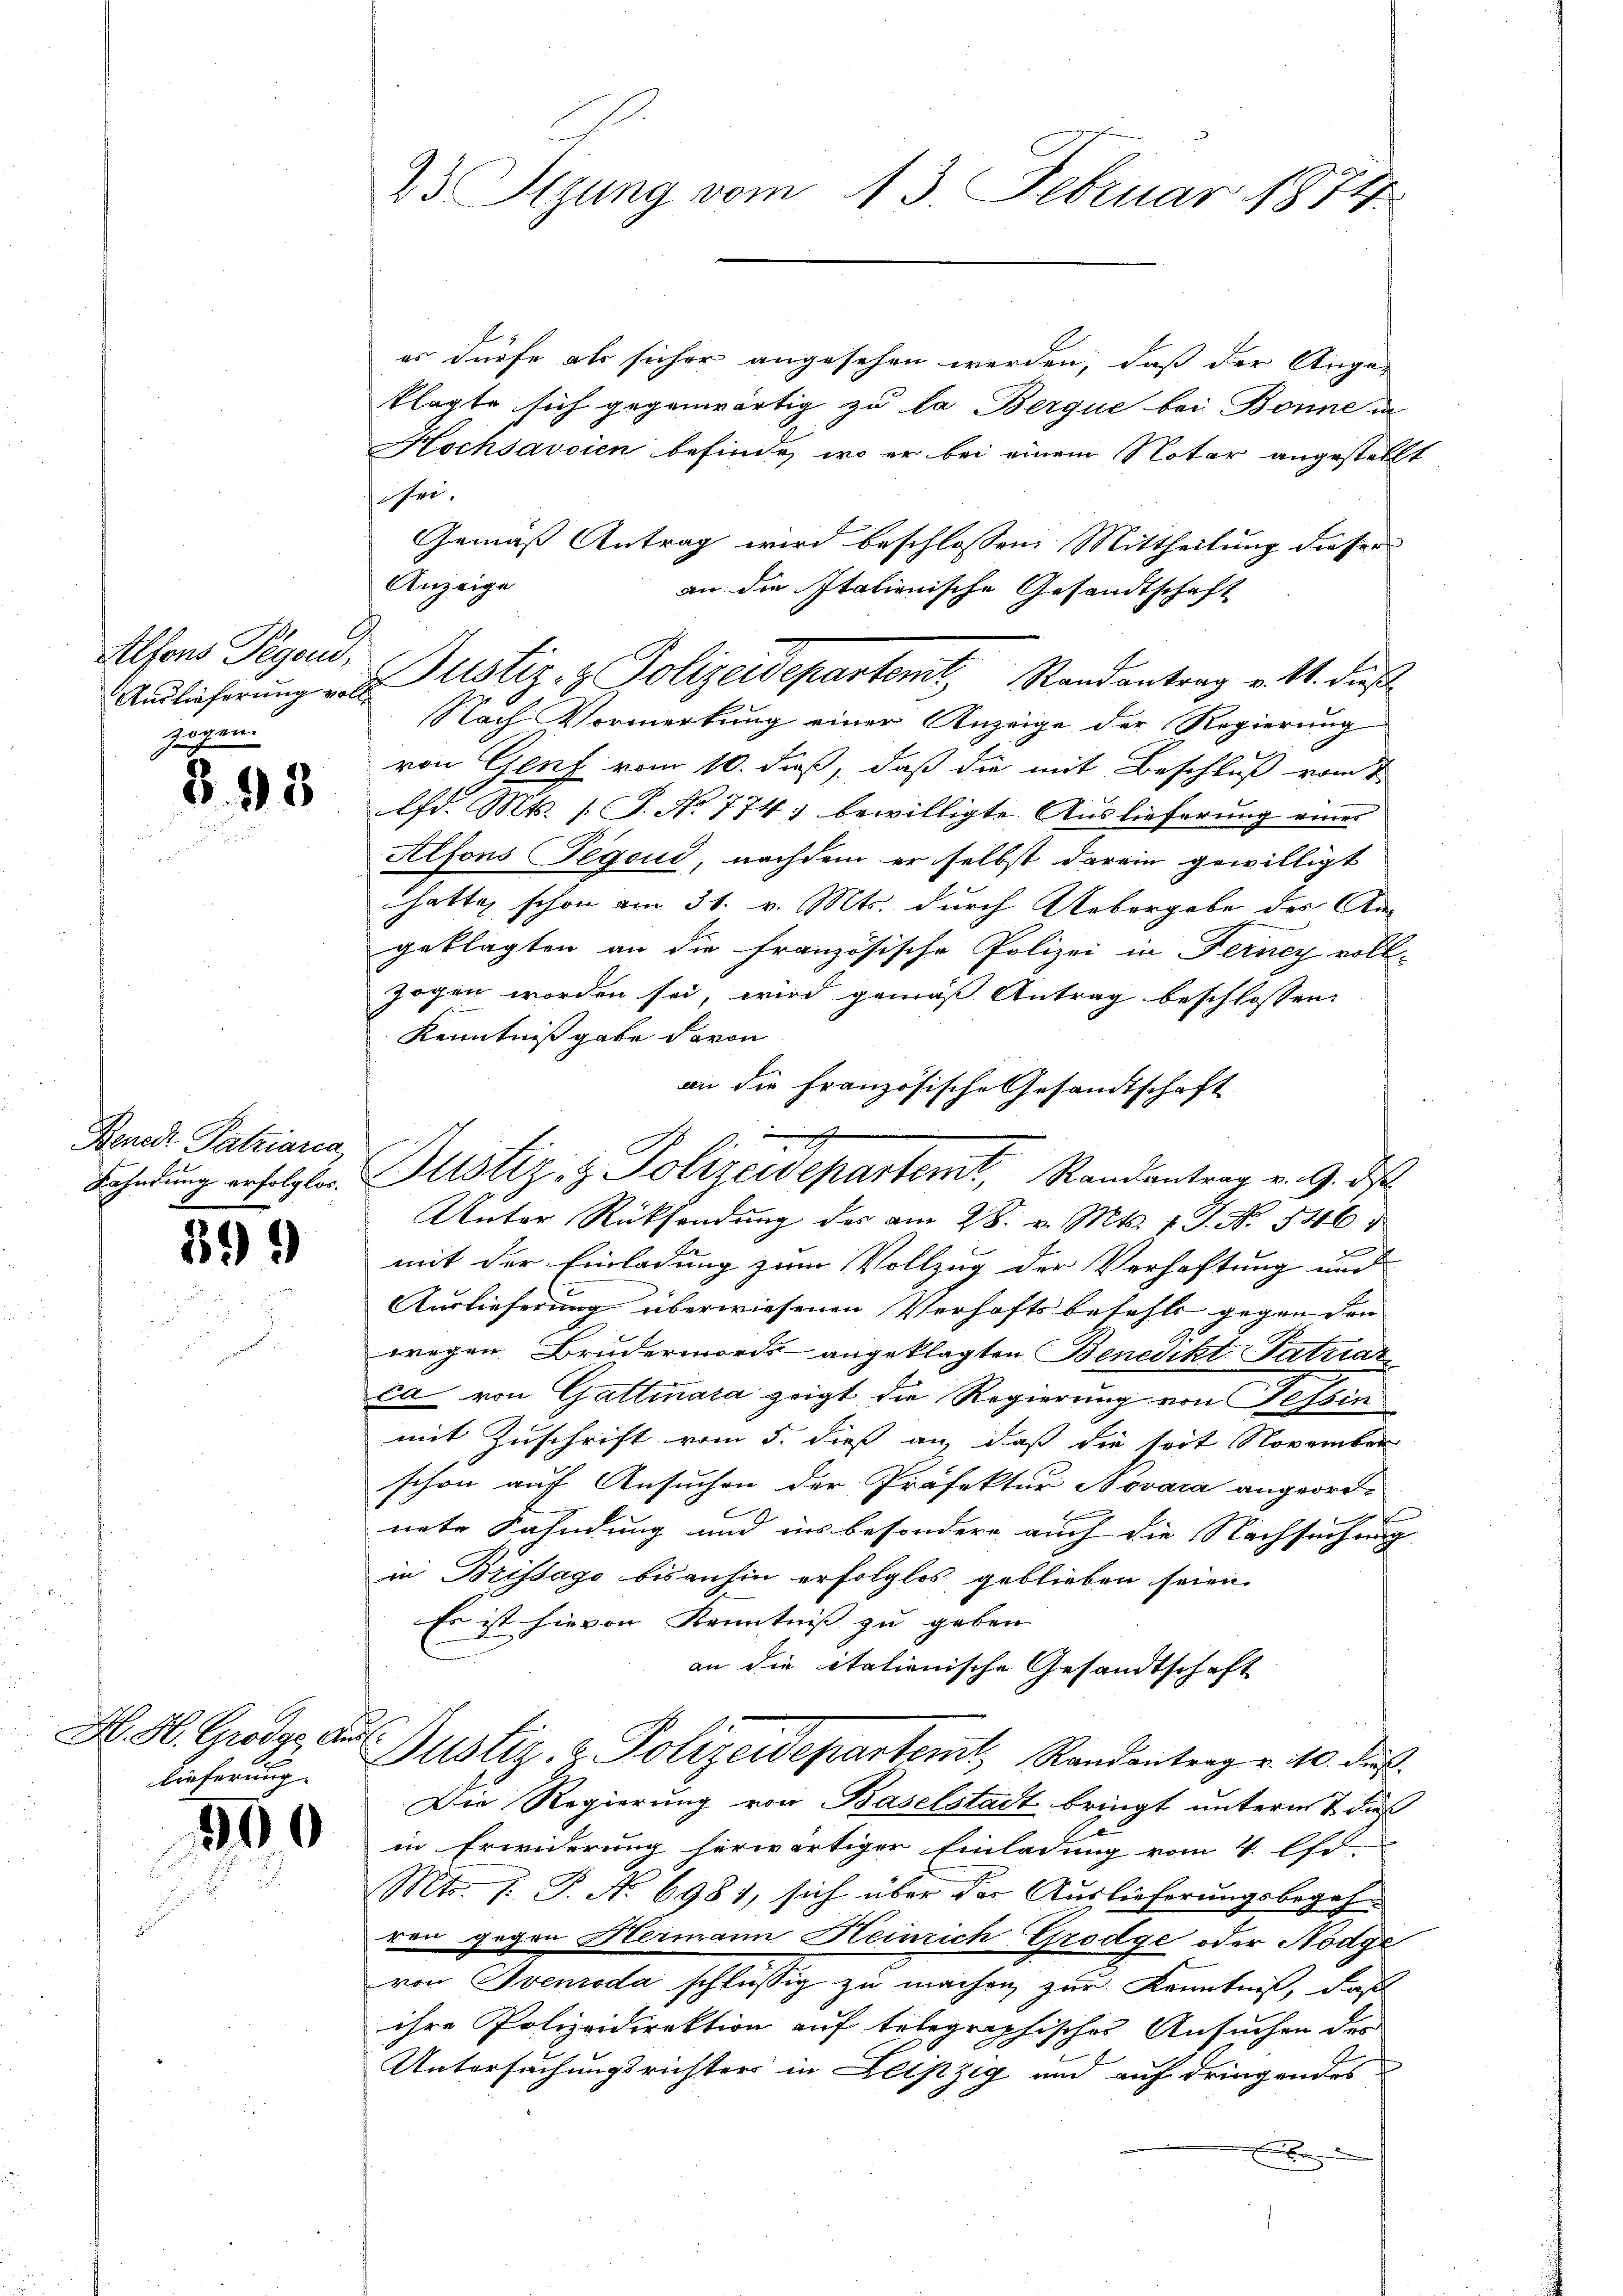
Alfons Regend,
zogen.

§. 93

Benadt Patriarca
Bahndung erfolglos.

399

H. H. Grodge Auslieferung.

500

es dürfe als sicher angesehen werden, daß der Ange-
klagte sich gegenwärtig zu la Berque bei Bonne in
Hochsavoien befinde, wo er bei einem Notar angestellt
sei.
Gemäß Antrag wird beschlossen Mittheilung dieser
Anzeige
an die Italionische Gesandtschaft
Nach Vormerkung einer Anzeige der Regierung
von Genf vom 10. dieß, daß die mit Beschluß vom 1
lfd. Mts. (T. No 774) bewilligte Auslieferung einer
Alfons Tegoud, nachdem er selbst darein gewilligt
hatte schon am 31. v. Mts. durch Uebergebe des An-
geklagten an die französische Polizei in Ferney voll-
zogen worden sei, wird gemäß Antrag beschlossen,
Kenntniß gabe davon
an die französische Gesandtschaft
Unter Rücksendung des am 28. v. Mts. 1. No. 146
mit der Einladung zum Vollzug der Verhaftung und
Auslieferung überwiesenen Verhaftsbefehls gegen den
wegen Brudermords angeklagten Benedikt Satuar
ca von Gattinara zeigt die Regierung von Tessin
mit Zuschrift vom 5. dieß an, daß die seit November
schon auf Ansuchen der Präfektur Novara angeord-
nete Fahndung und ins besondere auch die Nachsuchung |
in Brissago bisanhin erfolglos geblieben seien.
Es ist hievon Kenntniß zu geben.
an die italienische Gesandtschaft
Justiz- & Polizeidepartemt, Randantrag v. 10. dieß.
Die Regierung von Baselstadt bringt unterm 7 dies
in Erwiderung herwärtiger Einladung vom 4. Er
Mts. 1. P. No 6981, sich über der Auslieferungsbegeh
ren gegen Hermann Heinrich Grodge oder Nodge
von Tremoda schlüssig zu machen zur Kenntniß, daß
ihre Polizeidirektion auf telegraphisches Ansuchen der
Untersuchungsrichters in Leipzig und auf dringendes
x

23 Sizung vom 13. Februar 1874

Anslieferung u. s. Zustiz- & Polizeidepartemt, Randantrag v. M. dies

Dustiz- & Polizeidepartemt, Randantrag v. 9. ds